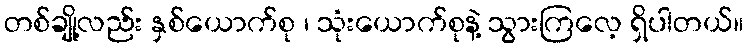
တစ်ချို့လည်း နှစ်ယောက်စု ၊ သုံးယောက်စုနဲ့ သွားကြလေ့ ရှိပါတယ်။